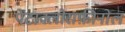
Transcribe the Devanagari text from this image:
पेंटाक्लोराफ़ीनोल